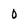
Character: 0